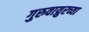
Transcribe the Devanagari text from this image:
गुरुवाय्रुरच्या